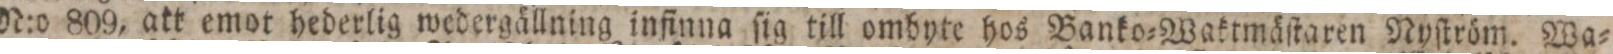
N:o 809, att emot hederlig wedergällning infinna ſig till ombyte hos Banko=Waktmäſtaren Nyſtröm. Wa=